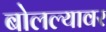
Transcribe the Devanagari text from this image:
बोलल्यावर